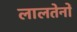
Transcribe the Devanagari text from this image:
लालतेनों